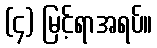
(၄) မြင့်ရာအရပ်။